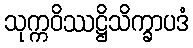
သုက္ကဝိဿဋ္ဌိသိက္ခာပဒံ